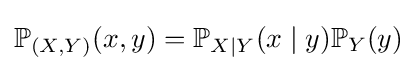
\mathbb {P} _{(X,Y)}(x,y)=\mathbb {P} _{X\mid Y}(x\mid y)\mathbb {P} _{Y}(y)